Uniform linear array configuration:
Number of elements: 8
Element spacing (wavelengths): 0.5
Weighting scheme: hann
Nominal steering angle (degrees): -30
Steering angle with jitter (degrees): -28.639
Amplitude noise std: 0.05
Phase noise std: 0.05

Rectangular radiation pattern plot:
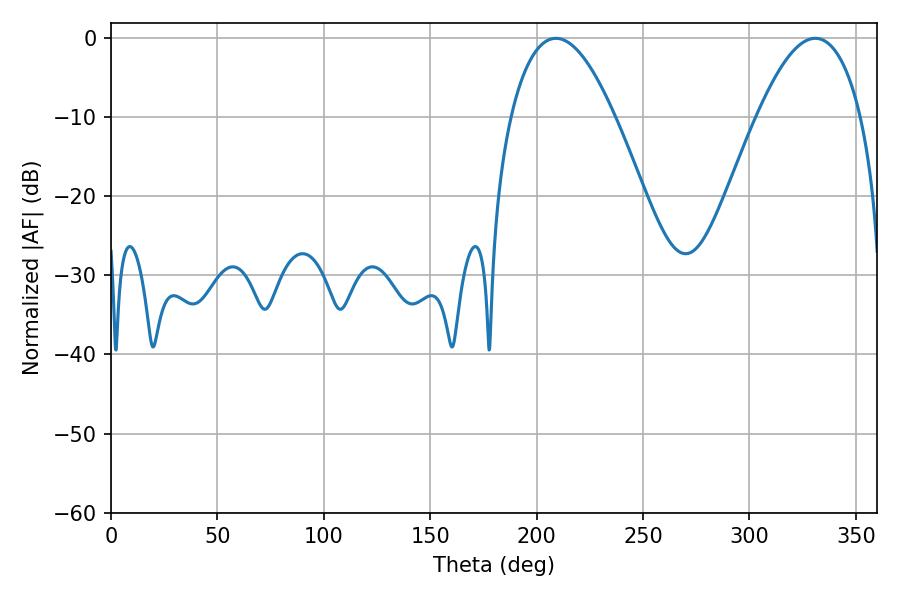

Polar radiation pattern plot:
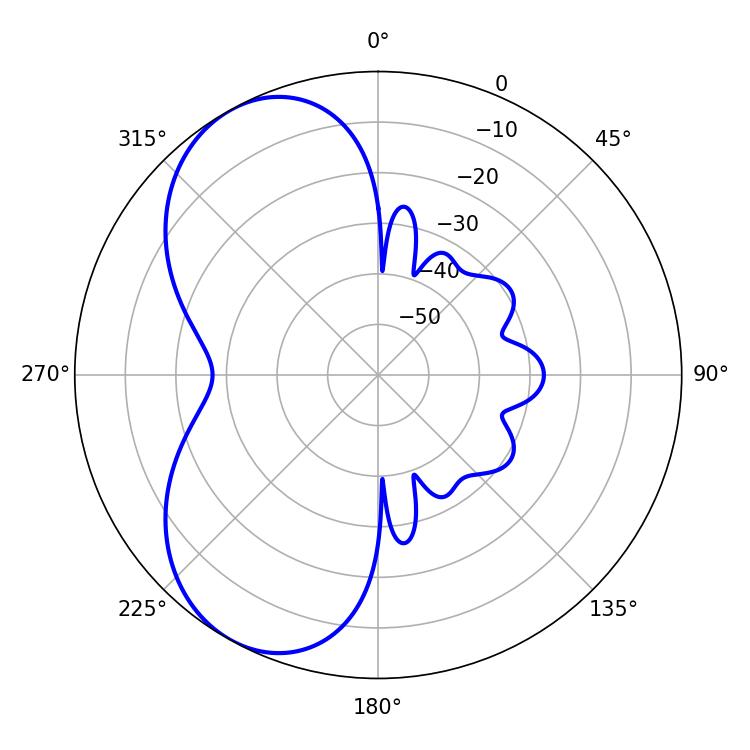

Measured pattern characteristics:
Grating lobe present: FALSE
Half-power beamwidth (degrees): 27
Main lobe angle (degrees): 208.98